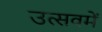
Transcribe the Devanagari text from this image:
उत्सवमें